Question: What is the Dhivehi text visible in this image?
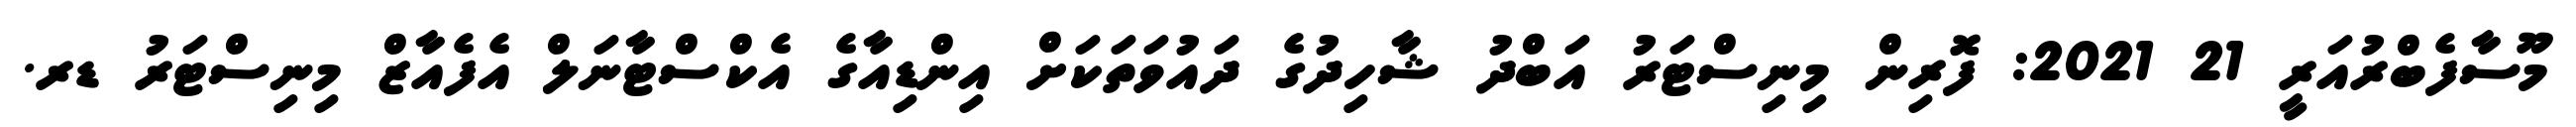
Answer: މޫސާފެބްރުއަރީ 21 2021: ފޮރިން މިނިސްޓަރު އަބްދު ޝާހިދުގެ ދައުވަތަކަށް އިންޑިއާގެ އެކްސްޓާނަލް އެފެއާޒް މިނިސްޓަރު ޑރ.